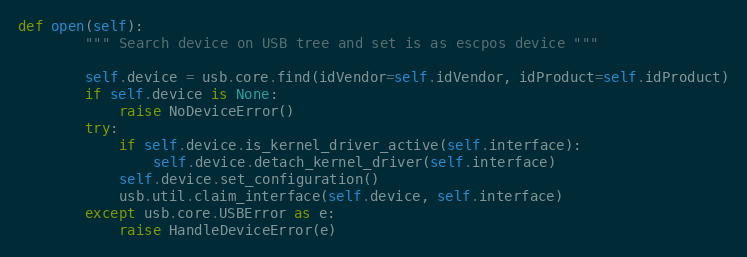
Language: Python
def open(self):
        """ Search device on USB tree and set is as escpos device """

        self.device = usb.core.find(idVendor=self.idVendor, idProduct=self.idProduct)
        if self.device is None:
            raise NoDeviceError()
        try:
            if self.device.is_kernel_driver_active(self.interface):
                self.device.detach_kernel_driver(self.interface)
            self.device.set_configuration()
            usb.util.claim_interface(self.device, self.interface)
        except usb.core.USBError as e:
            raise HandleDeviceError(e)